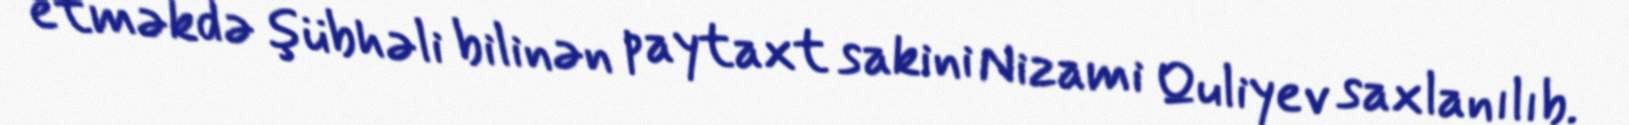
etməkdə şübhəli bilinən paytaxt sakini Nizami Quliyev saxlanılıb.